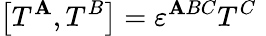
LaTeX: \left[T^{\mathbf{A}},T^{B}\right]=\varepsilon^{\mathbf{A}BC}T^{C}\, \,